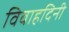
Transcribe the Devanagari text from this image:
विवाहदिनी